Vaccination in the Punjab 1883-1896 - 1883-1896
Year: 1883
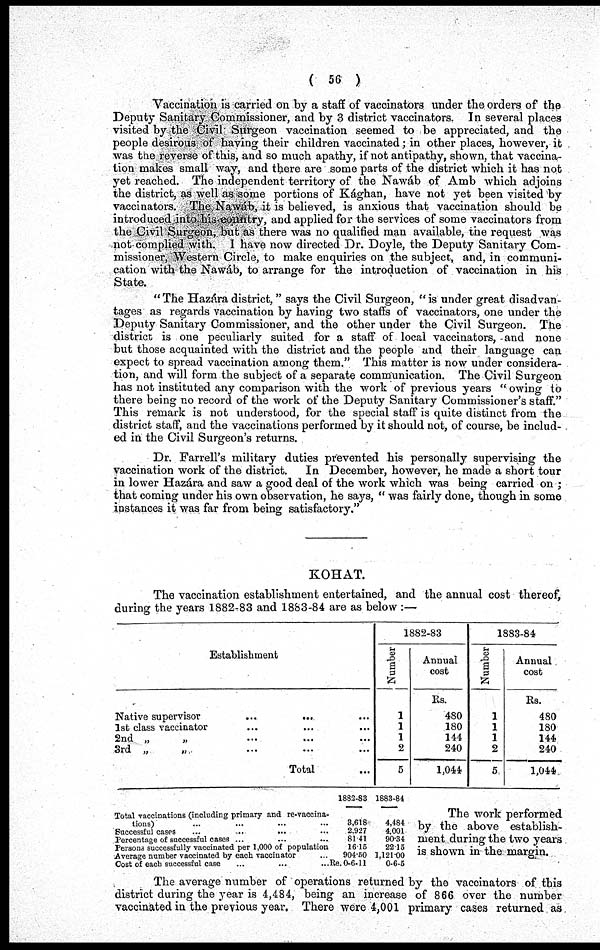
( 56 )
Vaccination is carried on by a staff of vaccinators under the orders of the
Deputy Sanitary Commissioner, and by 3 district vaccinators. In several places
visited by the Civil Surgeon vaccination seemed to be appreciated, and the
people desirous of having their children vaccinated; in other places, however, it
was the reverse of this, and so much apathy, if not antipathy, shown, that vaccina-
tion makes small way, and there are some parts of the district which it has not
yet reached. The independent territory of the Nawáb of Amb which adjoins
the district, as well as some portions of Kághan, have not yet been visited by
vaccinators. The Nawáb, it is believed, is anxious that vaccination should be
introduced into his country, and applied for the services of some vaccinators from
the Civil Surgeon, but as there was no qualified man available, the request was
not complied with. I have now directed Dr. Doyle, the Deputy Sanitary Com-
missioner, Western Circle, to make enquiries on the subject, and, in communi-
cation with the Nawáb, to arrange for the introduction of vaccination in his
State.
"The Hazára district," says the Civil Surgeon, "is under great disadvan-
tages as regards vaccination by having two staffs of vaccinators, one under the
Deputy Sanitary Commissioner, and the other under the Civil Surgeon. The
district is one peculiarly suited for a staff of local vaccinators, and none
but those acquainted with the district and the people and their language can
expect to spread vaccination among them." This matter is now under considera-
tion, and will form the subject of a separate communication. The Civil Surgeon
has not instituted any comparison with the work of previous years "owing to
there being no record of the work of the Deputy Sanitary Commissioner's staff."
This remark is not understood, for the special staff is quite distinct from the
district staff, and the vaccinations performed by it should not, of course, be includ-
ed in the Civil Surgeon's returns.
Dr. Farrell's military duties prevented his personally supervising the
vaccination work of the district.
In December, however, he made a short tour
in lower Hazára and saw a good deal of the work which was being carried on ;
that coming under his own observation, he says, "was fairly done, though in some
instances it was far from being satisfactory."
KOHAT.
The vaccination establishment entertained, and the annual cost thereof,
during the years 1882-83 and 1883-84 are as below :—
Establishment
Native supervisor
...
...
...
1st class vaccinator ... ... ...
2nd „ „ ... ... ...
3rd „ „ ... ... ...
Total ...
1882-83
Number
1
1
1
2
5
Annual
cost
Rs.
480
180
144
240
1,044
1883-84
Number
1
1
1
2
5
Annual
cost
Rs.
480
180
144
240
1,044
Total vaccinations (including primary and re-vaccina-
tions) ... ... ... ...
Successful cases ... ... ... ...
Percentage of successful cases ... ... ... ...
Persons successfully vaccinated per 1,000 of population
Average number vaccinated by each vaccinator ... ...
Cost of each successful case ... ... ... ...
1882-83
3,618
2,927
81.41
16.15
904.50
Re. 0-6-11
1883-84
4,484
4,001
90.34
22.15
1,121.00
0-6-5
The work performed
by the above establish-
ment during the two years
is shown in the margin.
The average number of operations returned by the vaccinators of this
district during the year is 4,484, being an increase of 866 over the number
vaccinated in the previous year. There were 4,001 primary cases returned as